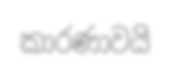
කාරණාවයි